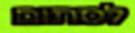
לסתום